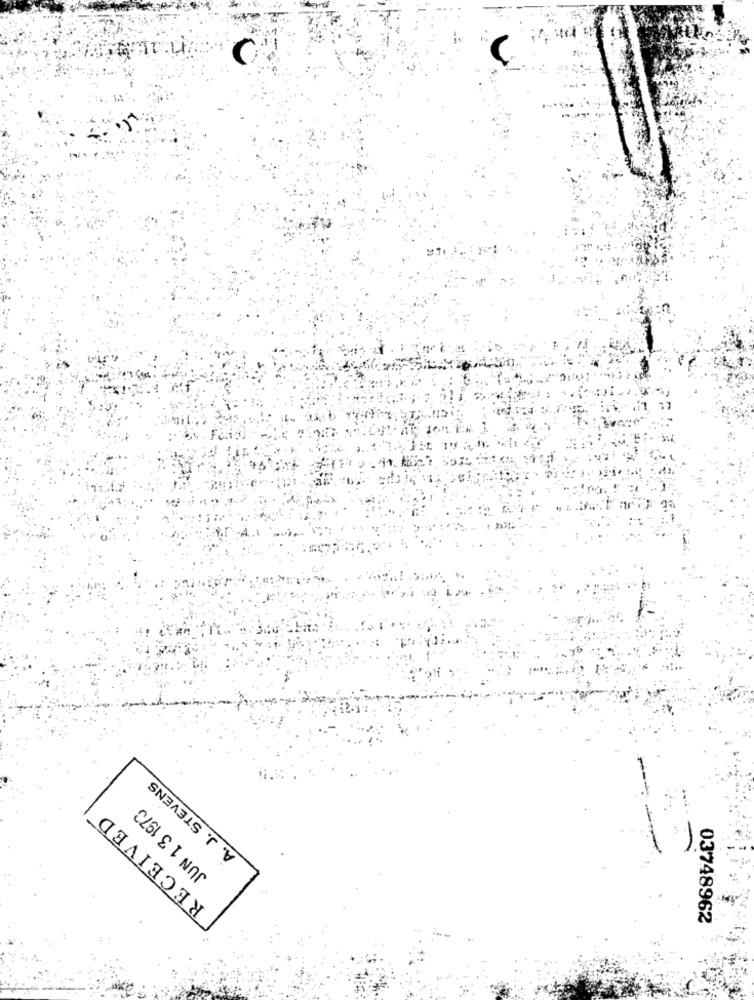
C
.5
A. J. STEVENS
JUN 1 3 1973
RECEIVED
03748962